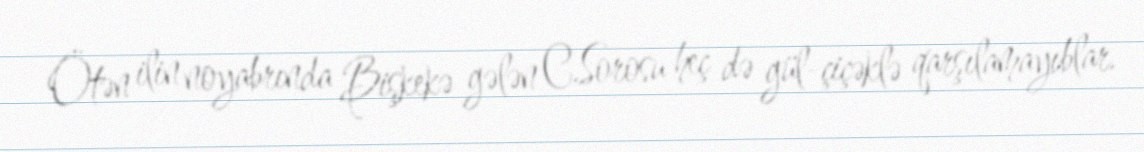
Ötən ilin noyabrında Bişkekə gələn C.Sorosu heç də gül-çiçəklə qarşılamayıblar.